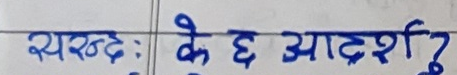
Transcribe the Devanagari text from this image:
सृष्टेः के छ आदर्श?